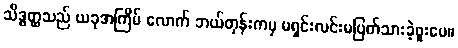
သိဒ္ဓတ္ထသည် ယခုအကြိမ် လောက် ဘယ်တုန်းကမှ မရှင်းလင်းမပြတ်သားခဲ့ဖူးပေ။